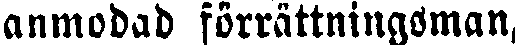
anmodad förrättningsman,